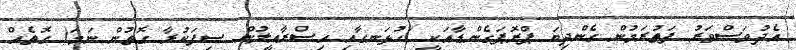
އެދުވަސްވަރު ފަތުރަމުން ގެންދިޔަ ޕްރޮޕަގެންޑާއަކީ )ހުޅަނގާއި އިސްރާއީލުން ސިފަކުރާ ގޮތުން ނަމަ( ގޮތެއް